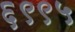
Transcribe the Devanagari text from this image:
६९९५